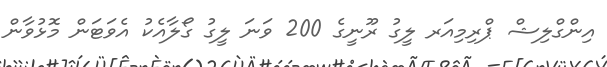
އިންގްލިޝް ޕްރިމިއަރ ލީގު ރޫނީގެ 200 ވަނަ ލީގު ގޯލާއެކު އެވަޓަން މޮޅުވާން